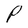
Character: P